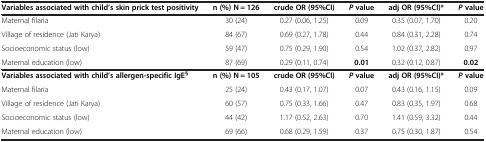
<table><thead><tr><td><b>Variables associated with child’s skin prick test positivity</b></td><td><b>n (%) N = 126</b></td><td><b>crude OR (95%CI)</b></td><td><b><i>P </i>value</b></td><td><b>adj OR (95%CI)*</b></td><td><b><i>P </i>value</b></td></tr></thead><tbody><tr><td>Maternal filaria</td><td>30 (24)</td><td>0.27 (0.06, 1.25)</td><td>0.09</td><td>0.35 (0.07, 1.70)</td><td>0.20</td></tr><tr><td>Village of residence (Jati Karya)</td><td>84 (67)</td><td>0.69 (0.27, 1.78)</td><td>0.44</td><td>0.84 (0.31, 2.28)</td><td>0.74</td></tr><tr><td>Socioeconomic status (low)</td><td>59 (47)</td><td>0.75 (0.29, 1.90)</td><td>0.54</td><td>1.02 (0.37, 2.82)</td><td>0.97</td></tr><tr><td>Maternal education (low)</td><td>87 (69)</td><td>0.29 (0.11, 0.74)</td><td><b>0.01</b></td><td>0.32 (0.12, 0.87)</td><td><b>0.02</b></td></tr><tr><td><b>Variables associated with child’s allergen-specific IgE</b><sup><b>§</b></sup></td><td><b>n (%) N = 105</b></td><td><b>crude OR (95%CI)</b></td><td><b><i>P </i></b><b>value</b></td><td><b>adj OR (95%CI)*</b></td><td><b><i>P </i></b><b>value</b></td></tr><tr><td>Maternal filaria</td><td>25 (24)</td><td>0.43 (0.17, 1.07)</td><td>0.07</td><td>0.43 (0.16, 1.15)</td><td>0.09</td></tr><tr><td>Village of residence (Jati Karya)</td><td>60 (57)</td><td>0.75 (0.33, 1.66)</td><td>0.47</td><td>0.83 (0.35, 1.97)</td><td>0.68</td></tr><tr><td>Socioeconomic status (low)</td><td>44 (42)</td><td>1.17 (0.52, 2.63)</td><td>0.70</td><td>1.41 (0.59, 3.32)</td><td>0.44</td></tr><tr><td>Maternal education (low)</td><td>69 (66)</td><td>0.68 (0.29, 1.59)</td><td>0.37</td><td>0.75 (0.30, 1.87)</td><td>0.54</td></tr></tbody></table>